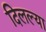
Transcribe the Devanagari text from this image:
दिलल्या